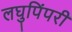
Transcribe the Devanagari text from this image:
लघुपिंपरी